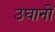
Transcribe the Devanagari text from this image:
उघानों